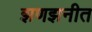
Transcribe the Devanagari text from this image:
झणझनीत